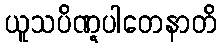
ယူသပိဏ္ဋပါတေနာတိ